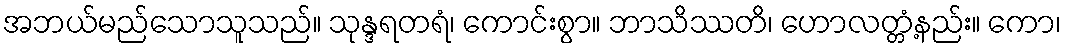
အဘယ်မည်သောသူသည်။ သုန္ဒရတရံ၊ ကောင်းစွာ။ ဘာသိဿတိ၊ ဟောလတ္တံ့နည်း။ ကော၊